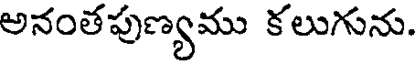
అనంతపుణ్యము కలుగును.